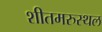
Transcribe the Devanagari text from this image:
शीतमरुस्थल